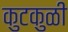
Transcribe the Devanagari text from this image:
कुटकुळी